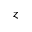
z